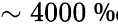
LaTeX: \sim 4000\mathrm{~\textperthousand~}